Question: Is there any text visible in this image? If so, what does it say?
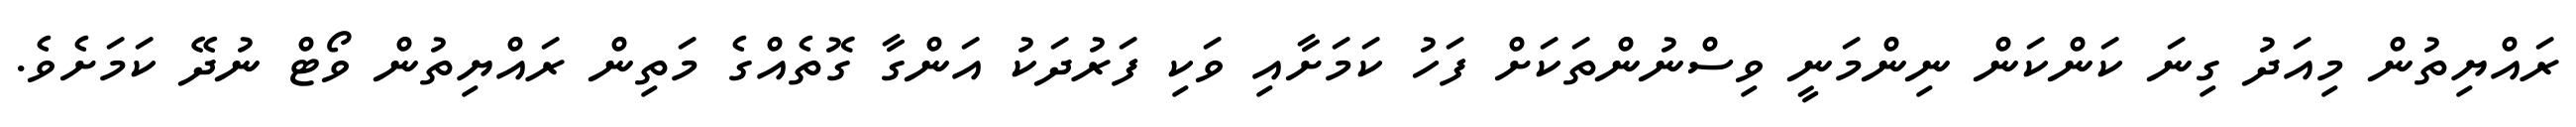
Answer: ރައްޔިތުން މިއަދު ގިނަ ކަންކަން ނިންމަނީ ވިސްނުންތަކަށް ފަހު ކަމަށާއި ވަކި ފަރުދަކު އަންގާ ގޮތެއްގެ މަތިން ރައްޔިތުން ވޯޓް ނުދޭ ކަމަށެވެ.